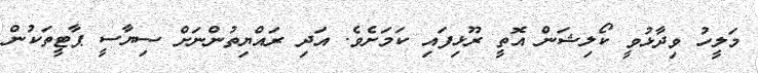
މަލީހު ވިދާޅުވީ ކޯލިޝަން އޮތީ ރޫޅިފައި ކަމަށެވެ. އަދި ރައްޔިތުންނަށް ސިޔާސީ ޕާޓީތަކުން